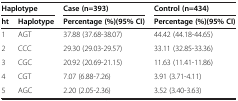
<table><thead><tr><td colspan="2"><b>Haplotype</b></td><td><b>Case (n=393)</b></td><td><b>Control (n=434)</b></td></tr><tr><td><b>ht</b></td><td><b>Haplotype</b></td><td><b>Percentage (%)(95% CI)</b></td><td><b>Percentage (%)(95% CI)</b></td></tr></thead><tbody><tr><td>1</td><td>AGT</td><td>37.88 (37.68-38.07)</td><td>44.42 (44.18-44.65)</td></tr><tr><td>2</td><td>CCC</td><td>29.30 (29.03-29.57)</td><td>33.11 (32.85-33.36)</td></tr><tr><td>3</td><td>CGC</td><td>20.92 (20.69-21.15)</td><td>11.63 (11.41-11.86)</td></tr><tr><td>4</td><td>CGT</td><td>7.07 (6.88-7.26)</td><td>3.91 (3.71-4.11)</td></tr><tr><td>5</td><td>AGC</td><td>2.20 (2.05-2.36)</td><td>3.52 (3.40-3.63)</td></tr></tbody></table>